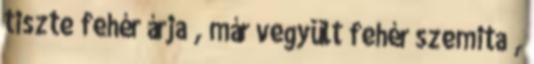
tiszte fehér árja , már vegyült fehér szemita ,